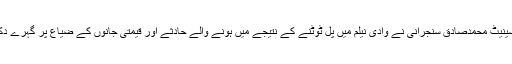
13 مئی2018ء) چیئرمین سینیٹ محمدصادق سنجرانی نے وادی نیلم میں پل ٹوٹنے کے نتیجے میں ہونے والے حادثے اور قیمتی جانوں کے ضیاع پر گہرے دکھ اور رنج کا اظہار کیا ہے۔